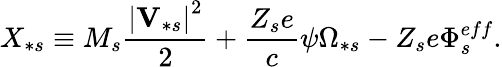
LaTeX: X_{\ast s}\equiv M_{s}\frac{\left\vert\mathbf{V}_{\ast s}\right\vert^{2}}{2}+\frac{Z_{s}e}{c}\psi\Omega_{\ast s}-Z_{s}e\Phi_{s}^{eff}.